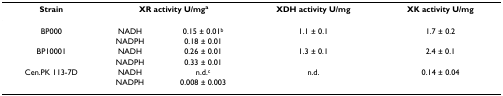
<table><thead><tr><td><b>Strain</b></td><td colspan="2"><b>XR activity U/mg<sup>a</sup></b></td><td><b>XDH activity U/mg</b></td><td><b>XK activity U/mg</b></td></tr></thead><tbody><tr><td>BP000</td><td>NADH</td><td>0.15 ± 0.01<sup>b</sup></td><td>1.1 ± 0.1</td><td>1.7 ± 0.2</td></tr><tr><td></td><td>NADPH</td><td>0.18 ± 0.01</td><td></td><td></td></tr><tr><td>BP10001</td><td>NADH</td><td>0.26 ± 0.01</td><td>1.3 ± 0.1</td><td>2.4 ± 0.1</td></tr><tr><td></td><td>NADPH</td><td>0.33 ± 0.01</td><td></td><td></td></tr><tr><td>Cen.PK 113-7D</td><td>NADH</td><td>n.d.<sup>c</sup></td><td>n.d.</td><td>0.14 ± 0.04</td></tr><tr><td></td><td>NADPH</td><td>0.008 ± 0.003</td><td></td><td></td></tr></tbody></table>